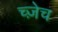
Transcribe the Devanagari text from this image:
च्ज़ेच